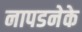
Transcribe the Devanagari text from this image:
नापडनेके